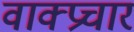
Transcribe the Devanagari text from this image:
वाक्‍प्रचार